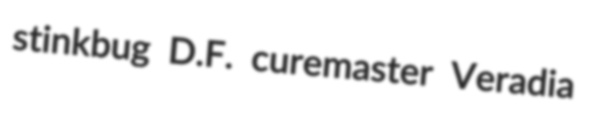
stinkbug D.F. curemaster Veradia